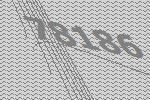
78186